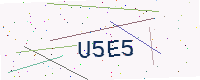
Text: U5E5